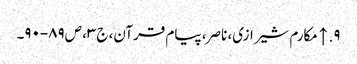
۹. ↑ مکارم شیرازی، ناصر، پیام قرآن، ج‌۳، ص‌۸۹-۹۰۔